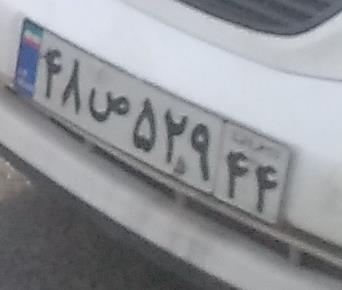
۴۸ص۵۲۴۴